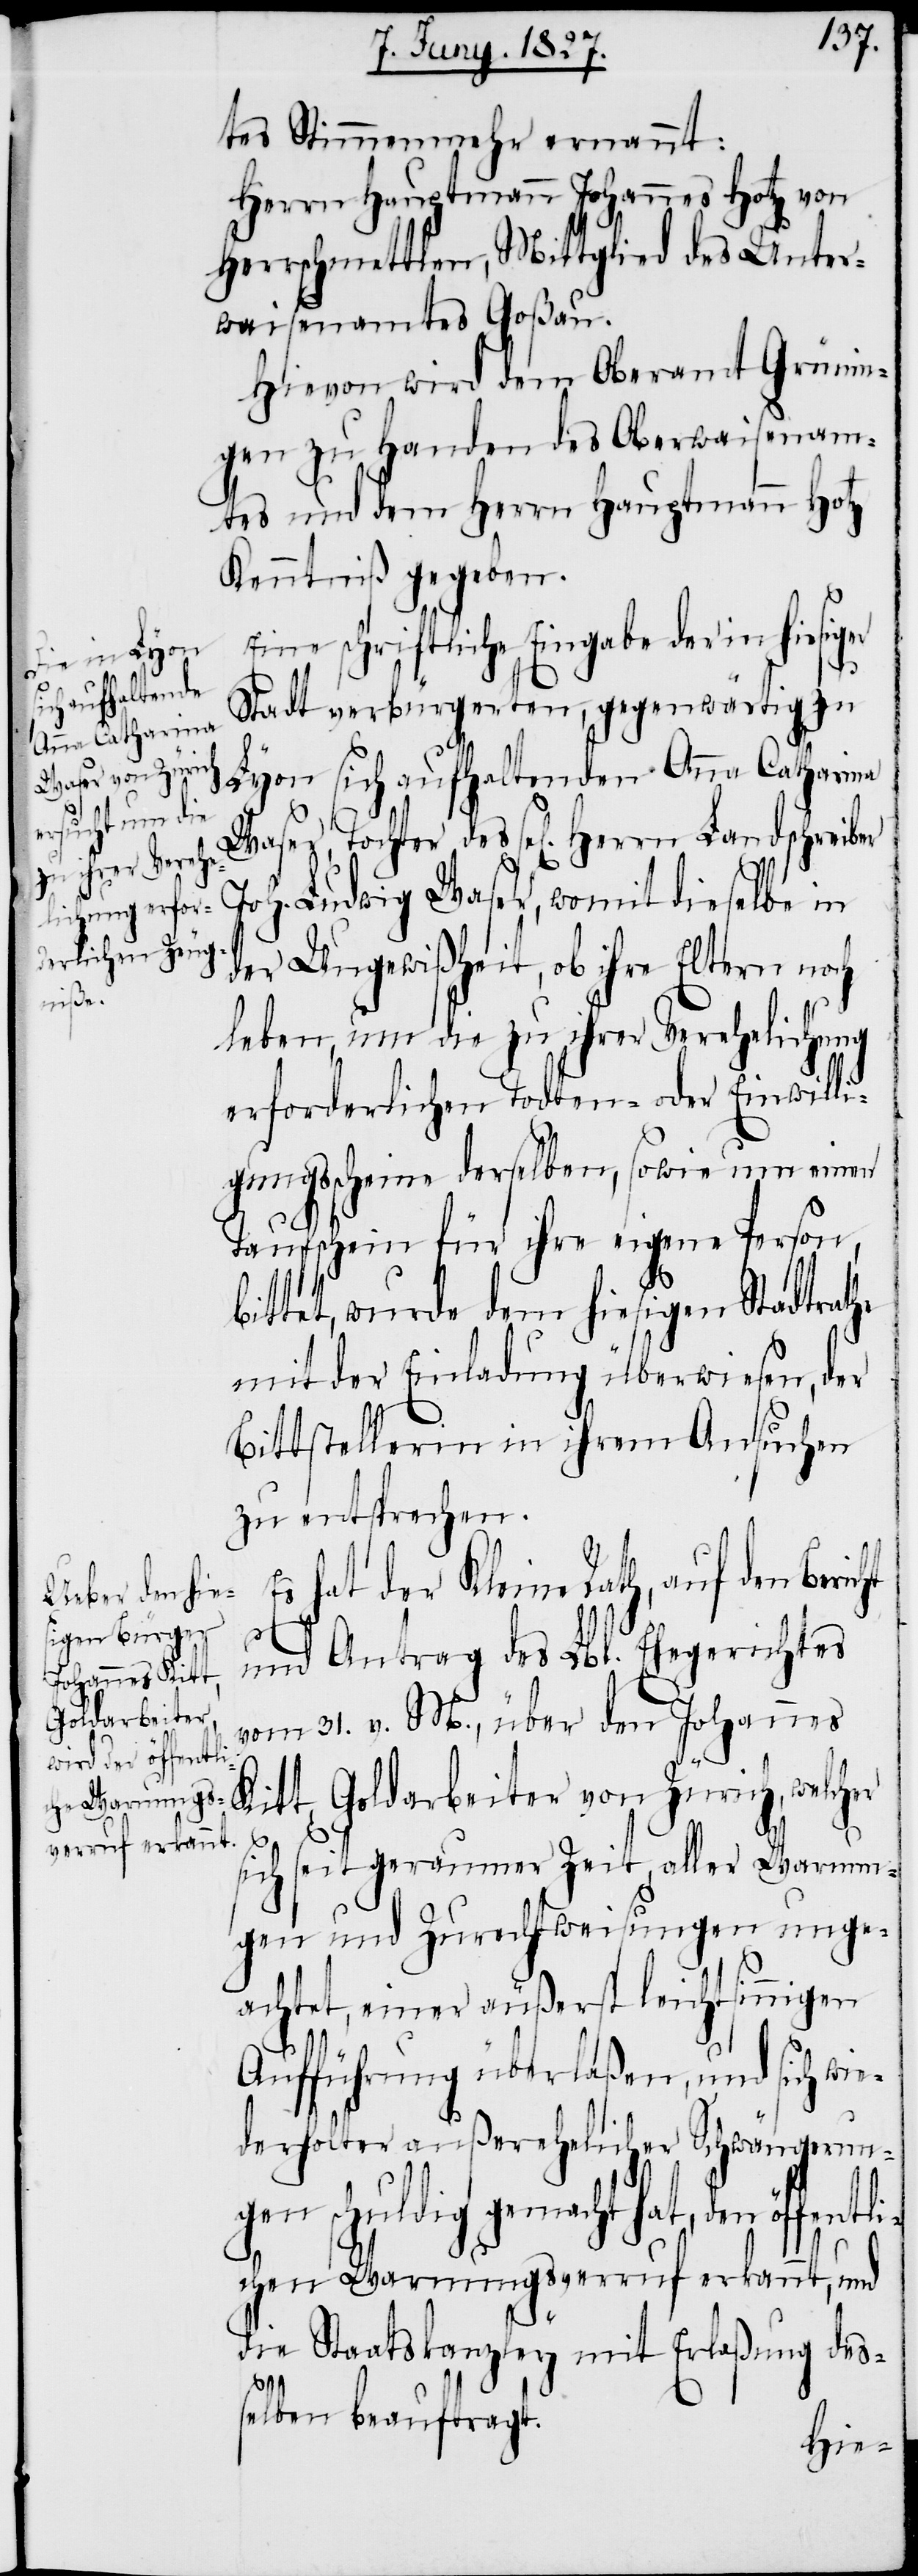
Einwilli¬
den öffentl¬

tes Stimmenmehr ernannt:
Herrn Hauptmann Johannes Hotz von
Herrschmettlen, Mittglied des Unter¬
waisenamtes Goßau.
Hievon wird dem Oberamt Grünin¬
gen zu Handen des Oberwaisenam¬
tes und dem Herrn Hauptmann Hotz
Kenntniß gegeben.
Eine schriftliche Eingabe der in hiesiger
Stadt verbürgerten, gegenwärtig zu
Lyon sich aufhaltenden Anna Catharina
Joh. Ludwig Waser, womit dieselbe in
der Ungewißheit, ob ihre Eltern noch
leben, um die zu ihrer Verehelichung
erforderlichen Todtenscheine oder
gungsscheine derselben, sowie um einen
Taufschein für ihre eigene Person,
bittet, wurde dem hiesigen Stadtrathe
mit der Einladung überwiesen, der
Bittstellerin in ihrem Ansuchen
zu entsprechen.
hat der Kleine Rath, auf den
und Antrag des Lbl. Ehegerichtes
vom 31. v. M., über den Johannes
Kitt, Goldarbeiter von Zürich, welcher
sich seit geraumer Zeit, aller Warnun¬
gen und Zurechtweisungen unge¬
achtet, einer äußerst leichtsinnigen
Aufführung überlaßen, und sich wi¬
ederholter außerehelicher Schwängerun¬
gen schuldig gemacht hat,
ichen Warnungsverruf erkannt, und
die Staatskanzley mit Erlaßung des¬
selben beauftragt.